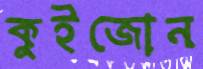
কুইজোন